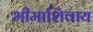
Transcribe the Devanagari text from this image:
भीमाशिवाय